On the action of the venoms of the cobra (Naja tripudians) and of the daboia (Daboia russellii) on the red blood corpuscles and on the blood plasma - Number 4
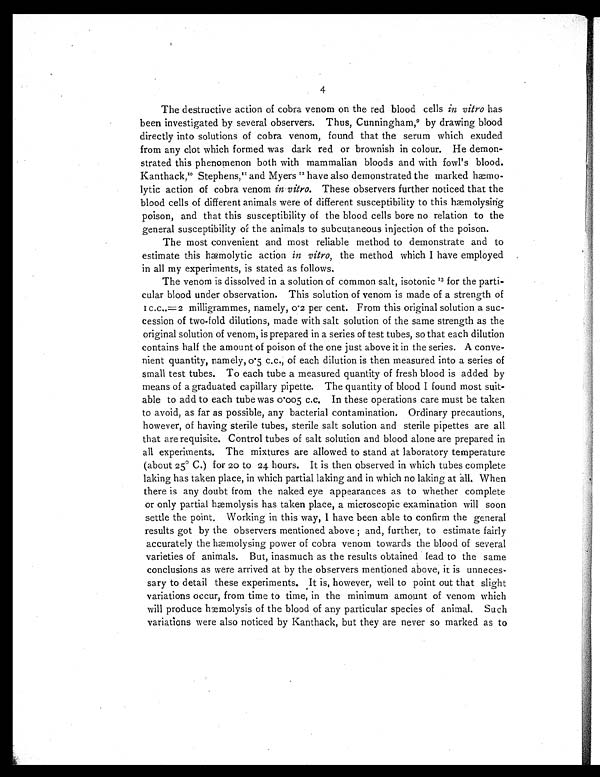
4
The destructive action of cobra venom on the red blood cells in vitro has
been investigated by several observers. Thus, Cunningham, 9 by drawing blood
directly into solutions of cobra venom, found that the serum which exuded
from any clot which formed was dark red or brownish in colour. He demon-
strated this phenomenon both with mammalian bloods and with fowl's blood.
Kanthack,I0 Stephens,II and Myers 1 2
have also demonstrated the marked hæmo-
lytic action of cobra venom in vitro. These observers further noticed that the
blood cells of different animals were of different susceptibility to this hæmolysing
poison, and that this susceptibility of the blood cells bore no relation to the
general susceptibility of the animals to subcutaneous injection of the poison.
The most convenient and most reliable method to demonstrate and to
estimate this hæmolytic action in vitro, the method which I have employed
in all my experiments, is stated as follows.
The venom is dissolved in a solution of common salt, isotonic 1 3
for the parti
-cular blood under observation. This solution of venom is made of a strength of
c.c..=2 milligrammes, namely, 0.2 per cent. From this original solution a suc
-cession of two fold dilutions, made with salt solution of the same strength as the
original solution of venom, is prepared in a series of test tubes, so that each dilution
contains half the amount of poison of the one just above it in the series. A conve-
nient quantity, namely, 0 5 c.c., of each dilution is then measured into a series of
small test tubes. To each tube a measured quantity of fresh blood is added by
means of a graduated capillary pipette. The quantity of blood I found most suit
-able to add to each tube was 0.005 c.c. In these operations care must be taken
to avoid, as far as possible, any bacterial contamination. Ordinary precautions,
however, of having sterile tubes, sterile salt solution and sterile pipettes are all
that are requisite. Control tubes of salt solution and blood alone are prepared in
all experiments. The mixtures are allowed to stand at laboratory temperature
(about 25° C.) for 20 to 24 hours. It is then observed in which tubes complete
laking has taken place, in which partial laking and in which no laking at all. When
there is any doubt from the naked eye appearances as to whether complete
or only partial hæmolysis has taken place, a microscopic examination will soon
settle the point. Working in this way, I have been able to confirm the general
results got by the observers mentioned above ; and, further, to estimate fairly
accurately the hæmolysing power of cobra venom towards the blood of several
varieties of animals. But, inasmuch as the results obtained lead to the same
conclusions as were arrived at by the observers mentioned above, it is unneces
-sary to detail these experiments. It is, however, well to point out that slight
variations occur, from time to time, in the minimum amount of venom which
will produce hæmolysis of the blood of any particular species of animal. Such
variations were also noticed by Kanthack, but they are never so marked as to